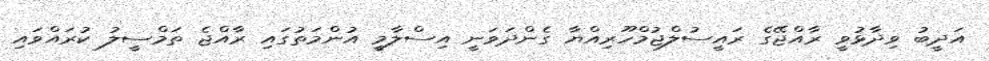
އަދީބު ވިދާޅުވީ ރާއްޖޭގެ ރައީސުލްޖުމްހޫރިއްޔާ ގެންދަވަނީ އިސްލާމީ އުންމަތުގައި ރާއްޖެ ތަމްސީލު ކުރައްވައި